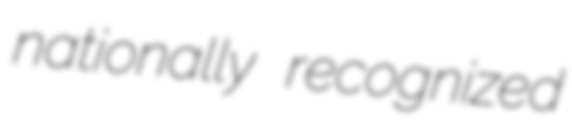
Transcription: nationally recognized